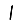
Digit: 1